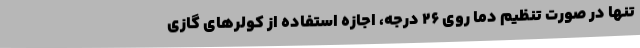
تنها در صورت تنظیم دما روی 26 درجه، اجازه استفاده از کولرهای گازی